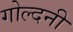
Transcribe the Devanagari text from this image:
गोल्दनी